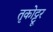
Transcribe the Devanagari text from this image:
तृकोट्टूर